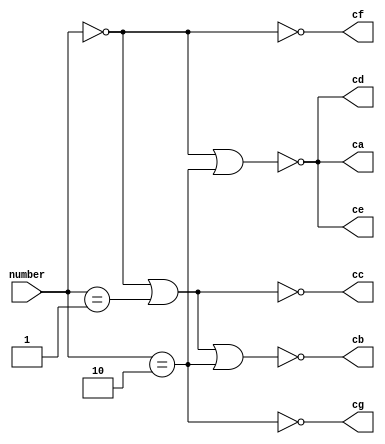
module segment_decoder(number, ca, cb, cc, cd, ce, cf, cg);
    input[1:0] number;
    output ca, cb, cc, cd, ce, cf, cg;

    assign ca = !((number == 3'd0) || (number == 3'd2));
    assign cb = !((number == 3'd0) || (number == 3'd1) || (number == 3'd2));
    assign cc = !((number == 3'd0) || (number == 3'd1));
    assign cd = !((number == 3'd0) || (number == 3'd2));
    assign ce = !((number == 3'd0) || (number == 3'd2));
    assign cf = !((number == 3'd0));
    assign cg = !((number == 3'd2));
endmodule